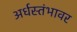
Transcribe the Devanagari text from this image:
अर्धस्तंभावर